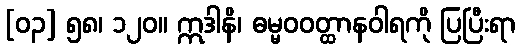
[၀၃] ၅၈၊ ၁၂၀။ ဣဒါနိ၊ ဓမ္မဝဝတ္ထာနဝါရကို ပြပြီးရာ